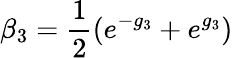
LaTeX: \beta_{3}=\frac{1}{2}(e^{-g_{3}}+e^{g_{3}})